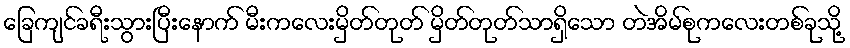
ခြေကျင်ခရီးသွားပြီးနောက် မီးကလေးမှိတ်တုတ် မှိတ်တုတ်သာရှိသော တဲအိမ်စုကလေးတစ်ခုသို့